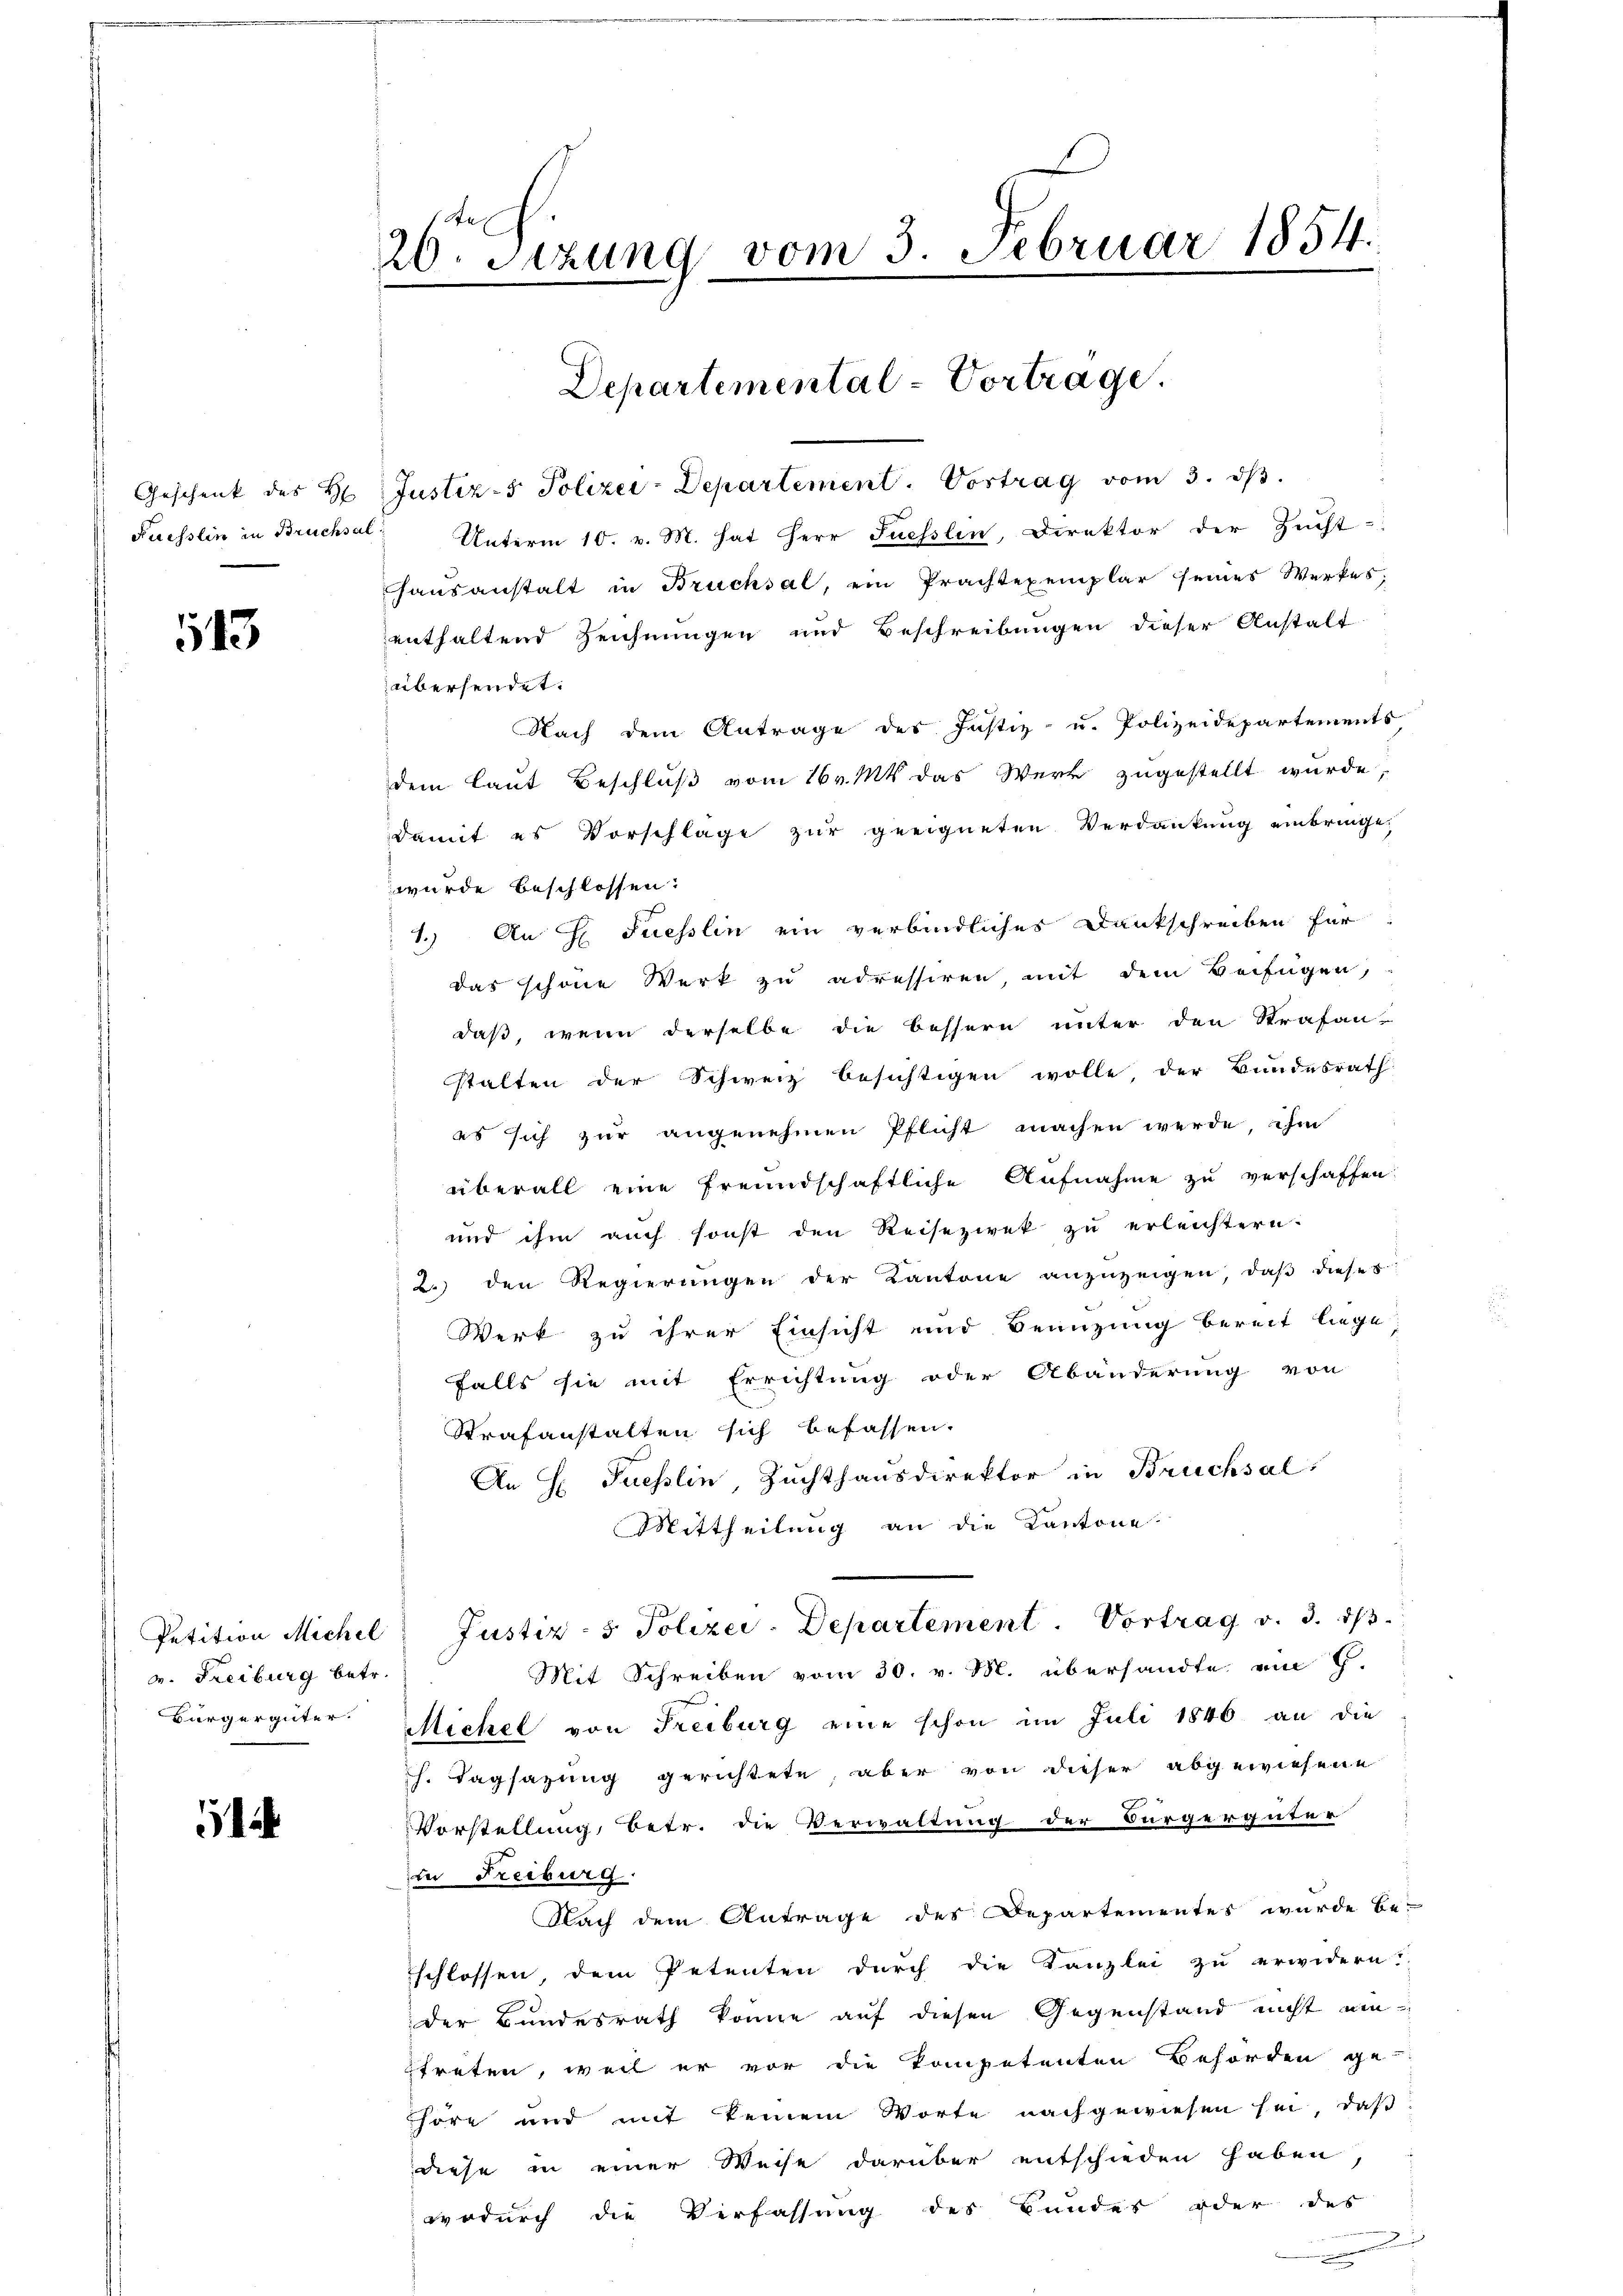
113

v. Freiburg betr.

1

20. Sizung vom 3. Februar 1854.

Departemental-Vortrage.

Geschenk des H. Justiz- & Polizei-Departement. Vortrag vom 3. ds.
Kuesslin in Bruchsel Unterm 10. v. M. hat Herr Suesslin, Direktor der Zucht-
haŭsanstalt in Bruchsal, ein Prachtexemplar seines Werkes,
enthaltend Zeichnungen und Beschreibungen dieser Anstalt
übersendet.
Nach dem Antrage des Justiz- u. Polizeidepartements
dem laut Beschluß vom 16 v. Mts. das Werk zugestellt wurde,
damit es Vorschläge zur geeigneten Verdankung einbringe,
wurde beschlossen:
1.) An H Fuesslin ein verbindliches Dankschreiben für
das schöne Werk zu adressiren, mit dem Verfügen,
daß, wenn derselbe die bessern unter den Strafan-
stalten der Schweiz besichtigen wolle, der Bundesrath
es sich zur angenehmen Pflicht machen werde, ihm
überall eine freundschaftliche Aufnahme zu verschaffen:
und ihm auch sonst den Reisezwek zŭ erleichtern.
2.) den Regierungen der Kantone anzuzeigen, daß dieses
Werk zu ihrer Einsicht und Benuzung bereit liege
falls sie mit Errichtung oder Abänderung von
Strafanstalten sich befassen.
An H Fuesslin, Zuchthausdirektor in Brucksal,
Mittheilung an die Kantone.
Petition Michel Justiz- & Polizei-Departement. Vortrag v. 3. dβ.
Mit Schreiben vom 30. v. M. übersandte am 9.
Bürgergüter Michel von Freiburg eine schon im Juli 1846 an die
h. Tagsazung gerichtete, aber von dieser abgewiesene
Vorstellung, betr. die Verwaltung der Bürgerguter
in Freiburg.
Nach dem Antrage des Departementes wurde be-
schlossen, dem Petenten durch die Kanzlei zu erwidern.
der Bundesrath könne auf diesen Gegenstand nicht um
treten, weil er vor die kompetenten Behörden ge-
Thöre und mit keinem Worte nachgewiesen sei, daß
diese in einer Weise darüber entschieden haben,
wodurch die Verfassung des Bundes oder des
.